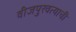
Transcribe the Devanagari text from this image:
वीजपुरवत्याची